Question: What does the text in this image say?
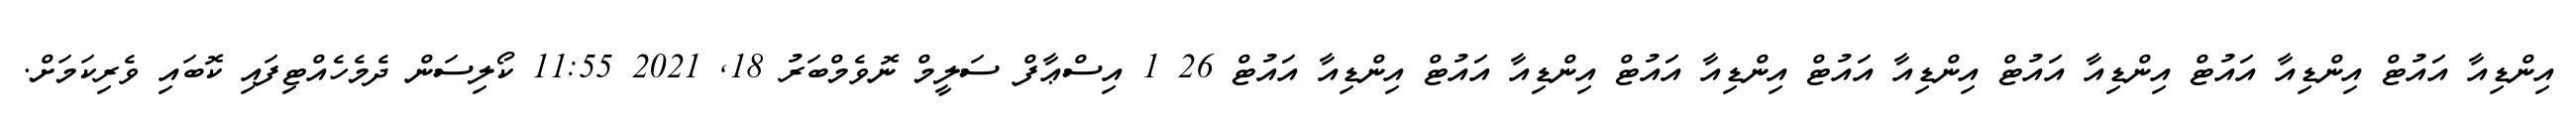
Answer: އިންޑިއާ އަައުޓް އިންޑިއާ އަައުޓް އިންޑިއާ އަައުޓް އިންޑިއާ އަައުޓް އިންޑިއާ އަައުޓް އިންޑިއާ އަައުޓް އިންޑިއާ އަައުޓް 26 1 އިސްޢާފް ސަލީމް ނޮވެމްބަރު 18, 2021 11:55 ކޯލިސަން ދެމެހެއްޓިފައި ކޮބައި ވެރިކަމަށް.